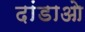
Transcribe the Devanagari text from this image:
दांडाओ